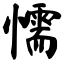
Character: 懦